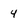
Character: 4